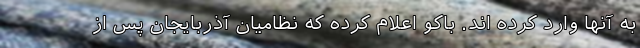
به آنها وارد کرده اند. باکو اعلام کرده که نظامیان آذربایجان پس از